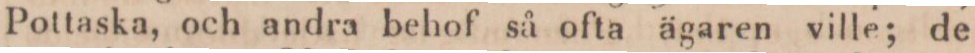
Pottaska, och andra behof så ofta ägaren ville; de